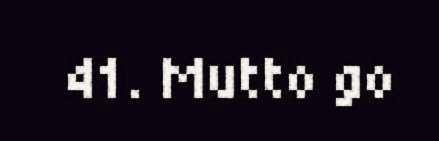
41. Mutto go